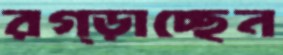
রগ্‌ড়াচ্ছেন